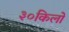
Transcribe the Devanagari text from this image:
३०किलो